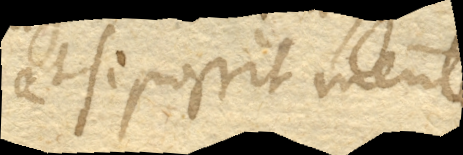
alterius corporis adminiculo,